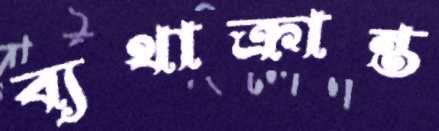
ব্যথাক্রান্ত